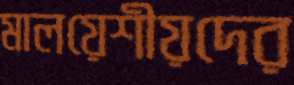
মালয়েশীয়দের